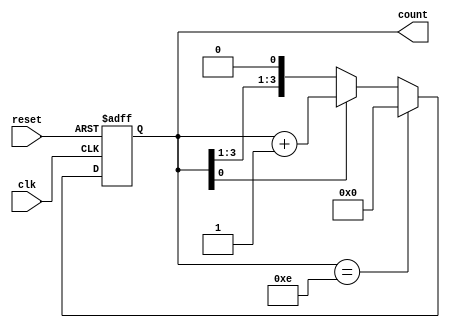
module even_counter(
    input clk,
    input reset,
    output reg [3:0] count
);

always @(posedge clk or posedge reset) begin
    if (reset)
        count <= 4'b0;  // Reset counter to 0
    else if (count == 4'b1110) // If count reaches 14 (1110 in binary)
        count <= 4'b0;  // Reset counter to 0
    else if (count[0] == 1) // If least significant bit is 1
        count <= count + 1;  // Increment counter
end

endmodule